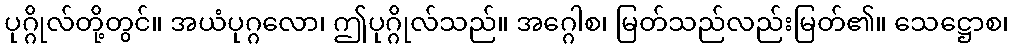
ပုဂ္ဂိုလ်တို့တွင်။ အယံပုဂ္ဂလော၊ ဤပုဂ္ဂိုလ်သည်။ အဂ္ဂေါစ၊ မြတ်သည်လည်းမြတ်၏။ သေဋ္ဌောစ၊